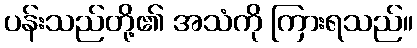
ပန်းသည်တို့၏ အသံကို ကြားရသည်။